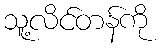
သူ့လိင်တန်ကို